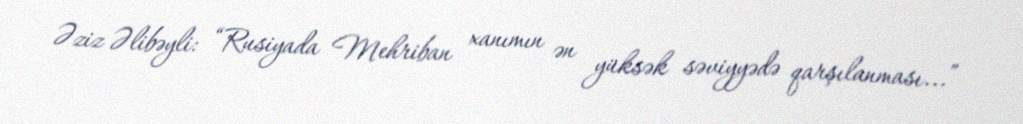
Əziz Əlibəyli: “Rusiyada Mehriban xanımın ən yüksək səviyyədə qarşılanması...”